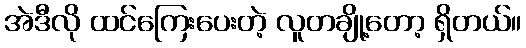
အဲဒီလို ထင်ကြေးပေးတဲ့ လူတချို့တော့ ရှိတယ်။